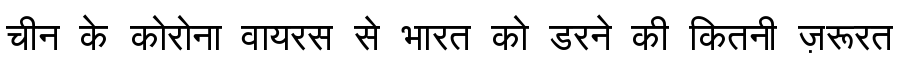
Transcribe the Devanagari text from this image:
चीन के कोरोना वायरस से भारत को डरने की कितनी ज़रूरत